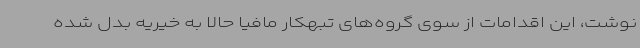
نوشت، این اقدامات از سوی گروه‌های تبهکار مافیا حالا به خیریه بدل شده